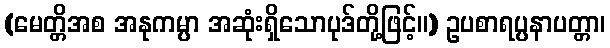
(မေတ္တိအစ အနုကမ္ပာ အဆုံးရှိသောပုဒ်တို့ဖြင့်။) ဥပစာရပ္ပနာပတ္တာ၊